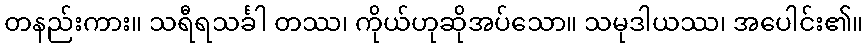
တနည်းကား။ သရီရသင်္ခါ တဿ၊ ကိုယ်ဟုဆိုအပ်သော။ သမုဒါယဿ၊ အပေါင်း၏။